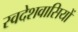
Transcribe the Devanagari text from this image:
स्वदेशवासियों